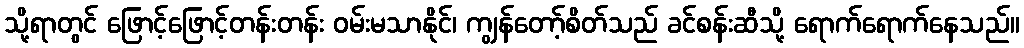
သို့ရာတွင် ဖြောင့်ဖြောင့်တန်းတန်း ဝမ်းမသာနိုင်၊ ကျွန်တော့်စိတ်သည် ခင်စန်းဆီသို့ ရောက်ရောက်နေသည်။